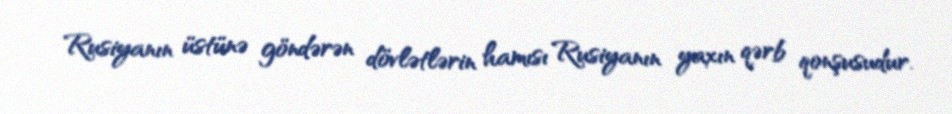
Rusiyanın üstünə göndərən dövlətlərin hamısı Rusiyanın yaxın qərb qonşusudur.